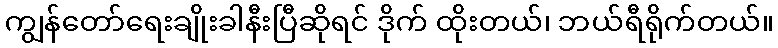
ကျွန်တော်ရေးချိုးခါနီးပြီဆိုရင် ဒိုက် ထိုးတယ်၊ ဘယ်ရီရိုက်တယ်။